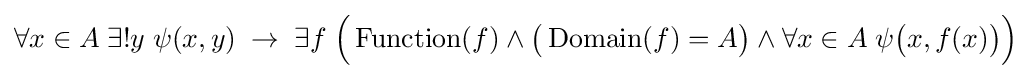
\forall x\in A\;\exists !y\;\psi (x,y)\;\to \;\exists f\;{\Big (}\operatorname {Function} (f)\land {\big (}\operatorname {Domain} (f)=A{\big )}\land \forall x\in A\;\psi {\big (}x,f(x){\big )}{\Big )}